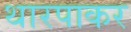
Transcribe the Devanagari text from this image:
थारपाकर